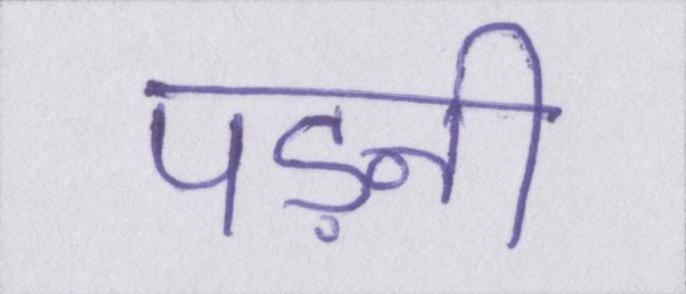
पड़नी